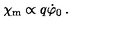
\chi _ { \mathrm { m } } \propto q \dot { \varphi } _ { 0 } \: .